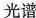
光谱